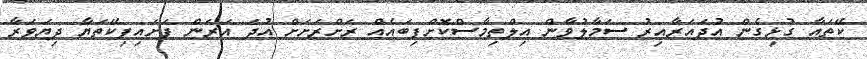
ކޭތައާ ގުޅިގެން އުދައަރާއިރު ސަމާލުވާން އިލްތިމާސްކޮށްފިބައެއް ރަށްރަށަށް އުދަ އަރަން ފަށައިފިކޭތަޔާ ދިޔަވަރާ